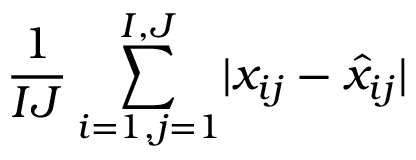
\frac { 1 } { I J } \sum _ { i = 1 , j = 1 } ^ { I , J } \lvert x _ { i j } - \hat { x } _ { i j } \rvert